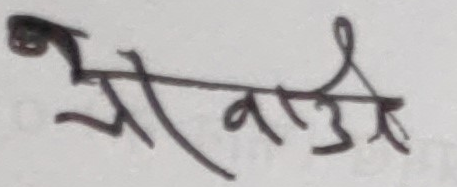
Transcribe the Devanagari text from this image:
श्रीवास्तव